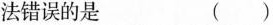
法错误的是 ()